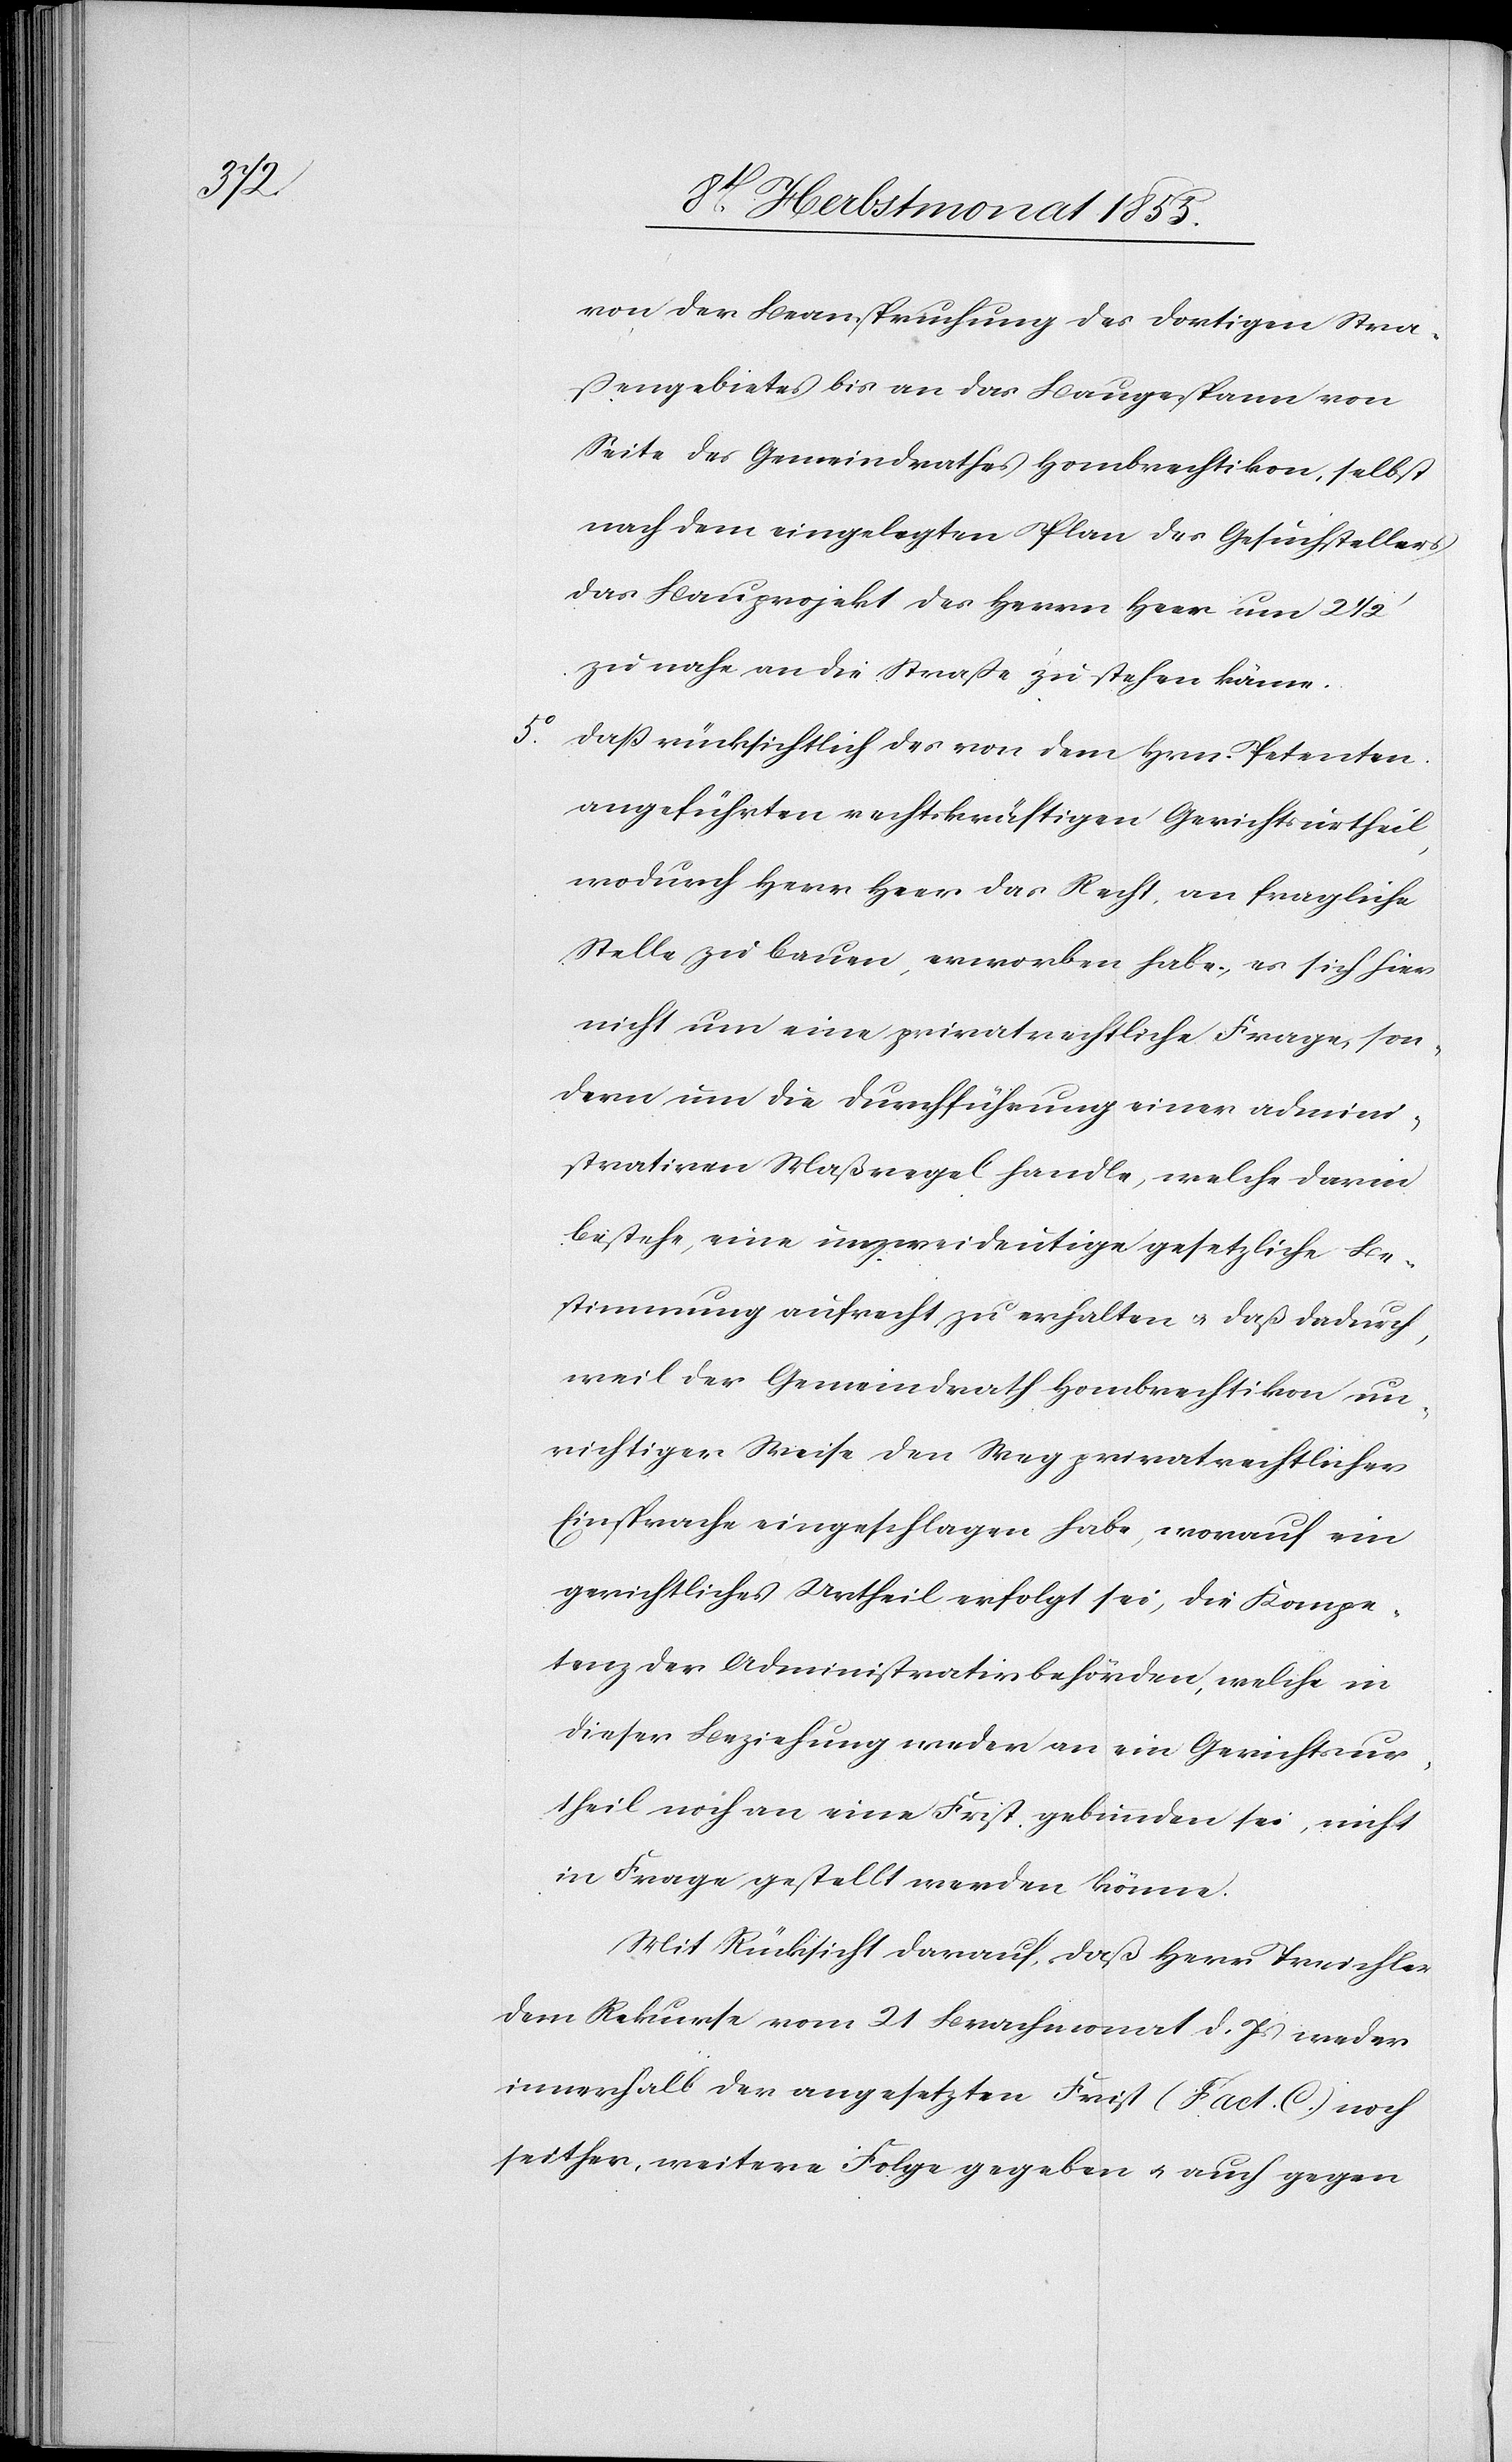
5o.

von der Beanspruchung des dortigen Stra¬
ßengebietes bis an das Baugespann von
Seite des Gemeindrathes Hombrechtikon, selbst
nach dem eingelegten Plan des Gesuchstellers
das Bauprojekt des Herrn Heer um 2 1/2
zu nahe an die Straße zu stehen käme.
daß rücksichtlich des von dem Hrn. Petenten
angeführten rechtskräftigen Gerichtsurtheil[s],
wodurch Herr Heer das Recht, an fragliche
Stelle zu bauen, erworben habe, es sich hier
nicht um eine privatrechtliche Frage, son¬
dern um die Durchführung einer admini¬
strativen Maßregel handle, welche darin
bestehe, eine unzweideutige gesetzliche Be¬
stimmung aufrecht zu erhalten & daß dadurch,
weil der Gemeindrath Hombrechtikon un¬
richtiger Weise den Weg privatrechtlicher
Einsprache eingeschlagen habe, worauf ein
gerichtliches Urtheil erfolgt sei, die Kompe¬
tenz der Administrativbehörden, welche in
dieser Beziehung weder an ein Gerichtsur¬
theil noch an eine Frist gebunden sei, nicht
in Frage gestellt werden könne.
Mit Rücksicht darauf, daß Herr Treichler
dem Rekurse vom 21 Brachmonat d. Js weder
innerhalb der angesetzten Frist (Fact. C.) noch
seither, weitere Folge gegeben & auch gegen